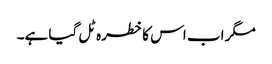
مگر اب اس کا خطرہ ٹل گیا ہے۔